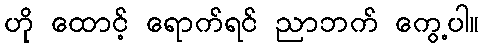
ဟို ထောင့် ရောက်ရင် ညာဘက် ကွေ့ပါ။